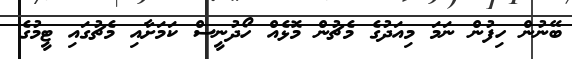
ބޭނުން ހިފުން ނަމަ މިއަދުގެ މެޗުން މޮޅެއް ހޯދުނީސް ކަމަށާއި މެޗުގައި ޓީމުގެ